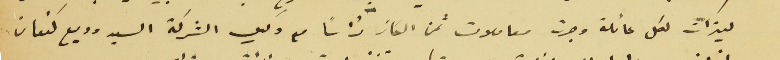
ليترات لكل عائلة وجرت معاملات ثمن الكاز رأساً مع وكيل الشركة السيد وديع كنعان